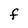
Character: f